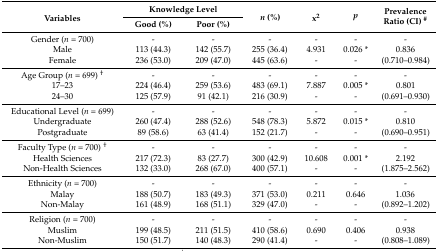
<table><thead><tr><td rowspan="2"><b>Variables</b></td><td colspan="2"><b>Knowledge Level</b></td><td rowspan="2"><b><i>n</i> (%)</b></td><td rowspan="2"><b>x<sup>2</sup></b></td><td rowspan="2"><b><i>p</i></b></td><td rowspan="2"><b>Prevalence Ratio (CI) <sup>#</sup></b></td></tr><tr><td><b>Good (%)</b></td><td><b>Poor (%)</b></td></tr></thead><tbody><tr><td>Gender (<i>n</i> = 700)</td><td>-</td><td>-</td><td>-</td><td>-</td><td>-</td><td>-</td></tr><tr><td>Male</td><td>113 (44.3)</td><td>142 (55.7)</td><td>255 (36.4)</td><td>4.931</td><td>0.026 *</td><td rowspan="2">0.836 (0.710–0.984)</td></tr><tr><td>Female</td><td>236 (53.0)</td><td>209 (47.0)</td><td>445 (63.6)</td><td>-</td><td>-</td></tr><tr><td>Age Group (<i>n</i> = 699) <sup>†</sup></td><td>-</td><td>-</td><td>-</td><td>-</td><td>-</td><td>-</td></tr><tr><td>17–23</td><td>224 (46.4)</td><td>259 (53.6)</td><td>483 (69.1)</td><td>7.887</td><td>0.005 *</td><td rowspan="2">0.801 (0.691–0.930)</td></tr><tr><td>24–30</td><td>125 (57.9)</td><td>91 (42.1)</td><td>216 (30.9)</td><td>-</td><td>-</td></tr><tr><td>Educational Level (<i>n</i> = 699)</td><td>-</td><td>-</td><td>-</td><td>-</td><td>-</td><td>-</td></tr><tr><td>Undergraduate</td><td>260 (47.4)</td><td>288 (52.6)</td><td>548 (78.3)</td><td>5.872</td><td>0.015 *</td><td rowspan="2">0.810 (0.690–0.951)</td></tr><tr><td>Postgraduate</td><td>89 (58.6)</td><td>63 (41.4)</td><td>152 (21.7)</td><td>-</td><td>-</td></tr><tr><td>Faculty Type (<i>n</i> = 700) <sup>†</sup></td><td>-</td><td>-</td><td>-</td><td>-</td><td>-</td><td>-</td></tr><tr><td>Health Sciences</td><td>217 (72.3)</td><td>83 (27.7)</td><td>300 (42.9)</td><td>10.608</td><td>0.001 *</td><td rowspan="2">2.192 (1.875–2.562)</td></tr><tr><td>Non-Health Sciences</td><td>132 (33.0)</td><td>268 (67.0)</td><td>400 (57.1)</td><td>-</td><td>-</td></tr><tr><td>Ethnicity (<i>n</i> = 700)</td><td>-</td><td>-</td><td>-</td><td>-</td><td>-</td><td>-</td></tr><tr><td>Malay</td><td>188 (50.7)</td><td>183 (49.3)</td><td>371 (53.0)</td><td>0.211</td><td>0.646</td><td rowspan="2">1.036 (0.892–1.202)</td></tr><tr><td>Non-Malay</td><td>161 (48.9)</td><td>168 (51.1)</td><td>329 (47.0)</td><td>-</td><td>-</td></tr><tr><td>Religion (<i>n</i> = 700)</td><td>-</td><td>-</td><td>-</td><td>-</td><td>-</td><td>-</td></tr><tr><td>Muslim</td><td>199 (48.5)</td><td>211 (51.5)</td><td>410 (58.6)</td><td>0.690</td><td>0.406</td><td rowspan="2">0.938 (0.808–1.089)</td></tr><tr><td>Non-Muslim</td><td>150 (51.7)</td><td>140 (48.3)</td><td>290 (41.4)</td><td>-</td><td>-</td></tr></tbody></table>